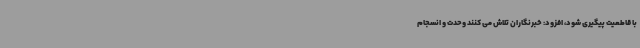
با قاطعیت پیگیری شود، افزود: خبرنگاران تلاش می کنند وحدت و انسجام